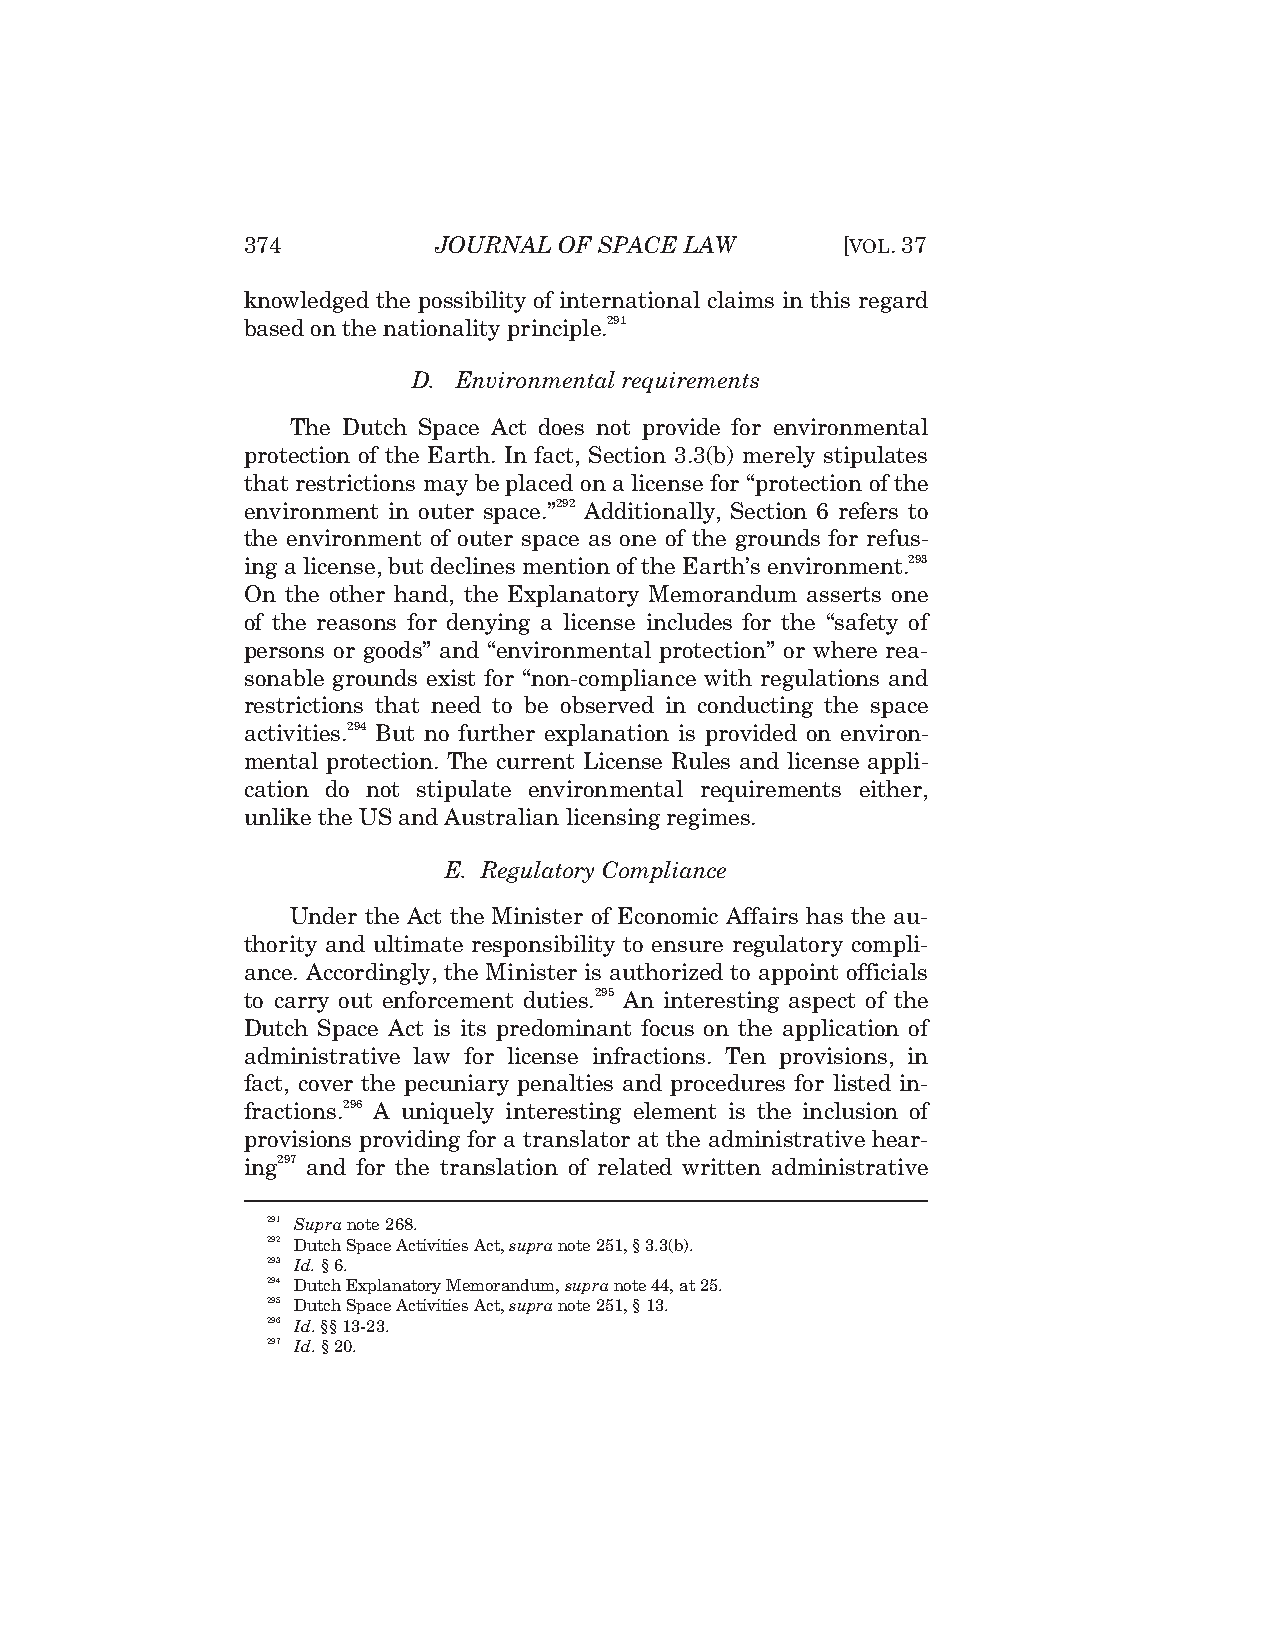
374          JOURNAL OF SPACE LAW       [VOL.37
 knowledged the possibility of international claims in this regard
 based on the nationality principle.291
 D. Environmental requirements
 The Dutch Space Act does not provide for environmental
 protection of the Earth. In fact, Section 3.3(b) merely stipulates
 that restrictions may be placed on a license for “protection of the
 environment in outer space.”292 Additionally, Section 6 refers to
 the environment of outer space as one of the grounds for refus-
 ing a license, but declines mention of the Earth’s environment.293
 On the other hand, the Explanatory Memorandum asserts one
 of the reasons for denying a license includes for the “safety of
 persons or goods” and “environmental protection” or where rea-
 sonable grounds exist for “non-compliance with regulations and
 restrictions that need to be observed in conducting the space
 activities.294 But no further explanation is provided on environ-
 mental protection. The current License Rules and license appli-
 cation do not stipulate environmental requirements either,
 unlike the US and Australian licensing regimes.
 E. Regulatory Compliance
 Under the Act the Minister of Economic Affairs has the au-
 thority and ultimate responsibility to ensure regulatory compli-
 ance. Accordingly, the Minister is authorized to appoint officials
 to carry out enforcement duties.295 An interesting aspect of the
 Dutch Space Act is its predominant focus on the application of
 administrative law for license infractions. Ten provisions, in
 fact, cover the pecuniary penalties and procedures for listed in-
 fractions.296 A uniquely interesting element is the inclusion of
 provisions providing for a translator at the administrative hear-
 ing297 and for the translation of related written administrative
 291 Supra note 268.
 292 Dutch Space Activities Act, supra note 251, § 3.3(b).
 293 Id. § 6.
 294 Dutch Explanatory Memorandum, supra note 44, at 25.
 295 Dutch Space Activities Act, supra note 251, § 13.
 296 Id. §§ 13-23.
 297 Id. § 20.